Lunatic asylums Central Provinces reports 1886-1894 - 1886-1894
Year: 1886
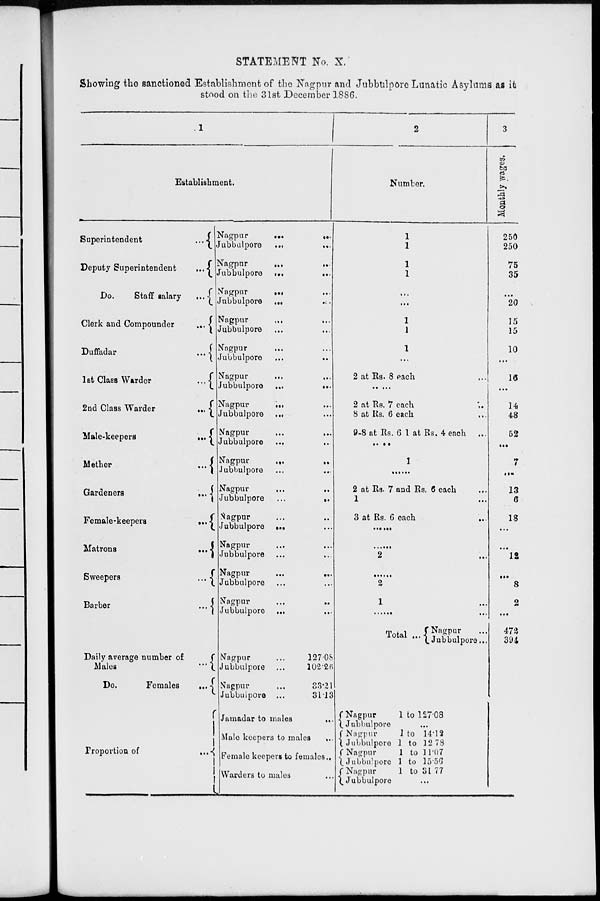
STATEMENT No. X.
Showing the sanctioned Establishment of the Nagpur and Jubbulpore Lunatic Asylums as it
stood on the 31st December 1886.
1
Establishment.
Superintendent
...
Deputy Superintendent
...
Do.
Staff salary
...
Clerk and Compounder
...
Duffadar
...
1st Class Warder
...
2nd Class Warder
...
Male-keepers ...
Mether
...
Gardeners
...
Female-keepers ...
Matrons ...
Sweepers ...
Barber
...
Daily average number of
Males
...
Do.
Females ...
Nagpur
...
...
Jubbulpore
...
...
Nagpur
...
...
Jubbulpore
...
...
Nagpur ... ...
Jubbulpore
...
...
Nagpur ... ...
Jubbulpore ... ...
Nagpur ... ...
Jubbulpore
...
...
Nagpur ... ...
Jubbulpore
...
...
Nagpur ... ...
Jubbulpore ... ...
Nagpur
...
...
Jubbulpore ... ...
Nagpur
...
...
Jubbulpore ... ...
Nagpur ... ...
Jubbulpore
...
...
Nagpur ... ...
Jubbulpore ... ...
Nagpur ... ...
Jubbulpore ... ...
Nagpur
...
...
Jubbulpore ... ...
Nagpur ... ...
Jubbulpore ... ...
Nagpur ...
Jubbulpore ...
Nagpur
...
Jubbulpore ...
127.08
102.26
33.21
31.13
2
Number.
1
1
1
1
...
...
1
1
1
...
2 at Rs. 8 each ...
....
2 at Rs. 7 each ...
8 at Rs. 6 each
...
9-8 at Rs. 6 1 at Rs. 4 each ...
....
1
......
2 at Rs. 7 and Rs. 6 each ...
1
3 at Rs. 6 each
...
......
......
2
......
2
1
......
Total ...
Nagpur ...
Jubbulpore ...
3
Monthly wages.
250
250
75
35
...
20
15
15
10
...
16
...
14
48
52
...
7
...
13
6
18
...
...
12
...
8
2
...
473
394
Proportion of
...
Jamadar to males
...
Male keepers to males ...
Female keepers to females....
Warders to males ...
Nagpur
Jubbulpore
Nagpur
Jubbulpore
Nagpur
Jubbulpore
Nagpur
Jubbulpore
1 to 127.08
...
1 to 14.12
1 to 12.73
1 to 11.07
1 to 15.56
1 to 31.77
...